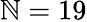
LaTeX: \mathbb{N}=19